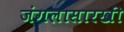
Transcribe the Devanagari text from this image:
जंगलासारखी